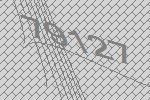
79127